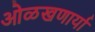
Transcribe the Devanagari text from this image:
ओळखणार्या